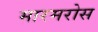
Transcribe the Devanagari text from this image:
मारमरोस